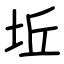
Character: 坵